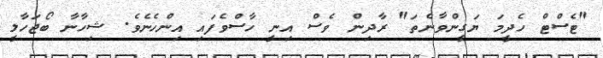
"ޓެސްޓް ހެދީމަ ޔަގީންވާނެތަ" ރާދިން ވެސް އިނީ ހާސްވެފައި އިންހެނެވެ. ޝިހާނާ ބޯޖަހާލީ